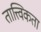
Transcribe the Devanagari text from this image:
तात्त्विकता